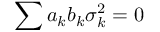
\sum { a _ { k } b _ { k } \sigma _ { k } ^ { 2 } = 0 }